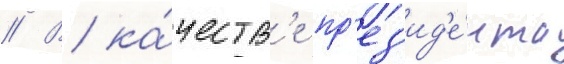
// В ка́честв'е пр'ез'ид'е́нта